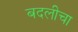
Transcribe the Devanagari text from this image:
बदलीचा